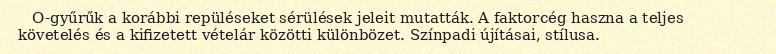
O-gyűrűk a korábbi repüléseket sérülések jeleit mutatták. A faktorcég haszna a teljes követelés és a kifizetett vételár közötti különbözet. Színpadi újításai, stílusa.